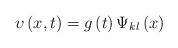
LaTeX: \begin{align*}\upsilon \left( x,t\right) =g\left( t\right) \Psi _{kl}\left( x\right) \end{align*}